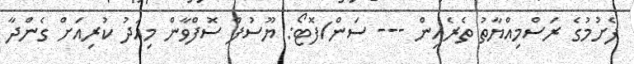
ފެށުމުގެ ރަސްމިއްޔާތު ތެރެއިން --- ސަން/ފޮޓޯ: ޔޫސުފް ސޮފްވާން މިއަދު ކުރިއަަށް ގެންދާ